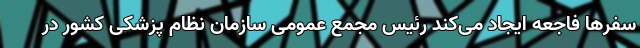
سفرها فاجعه ایجاد می‌کند رئیس مجمع عمومی سازمان نظام پزشکی کشور در